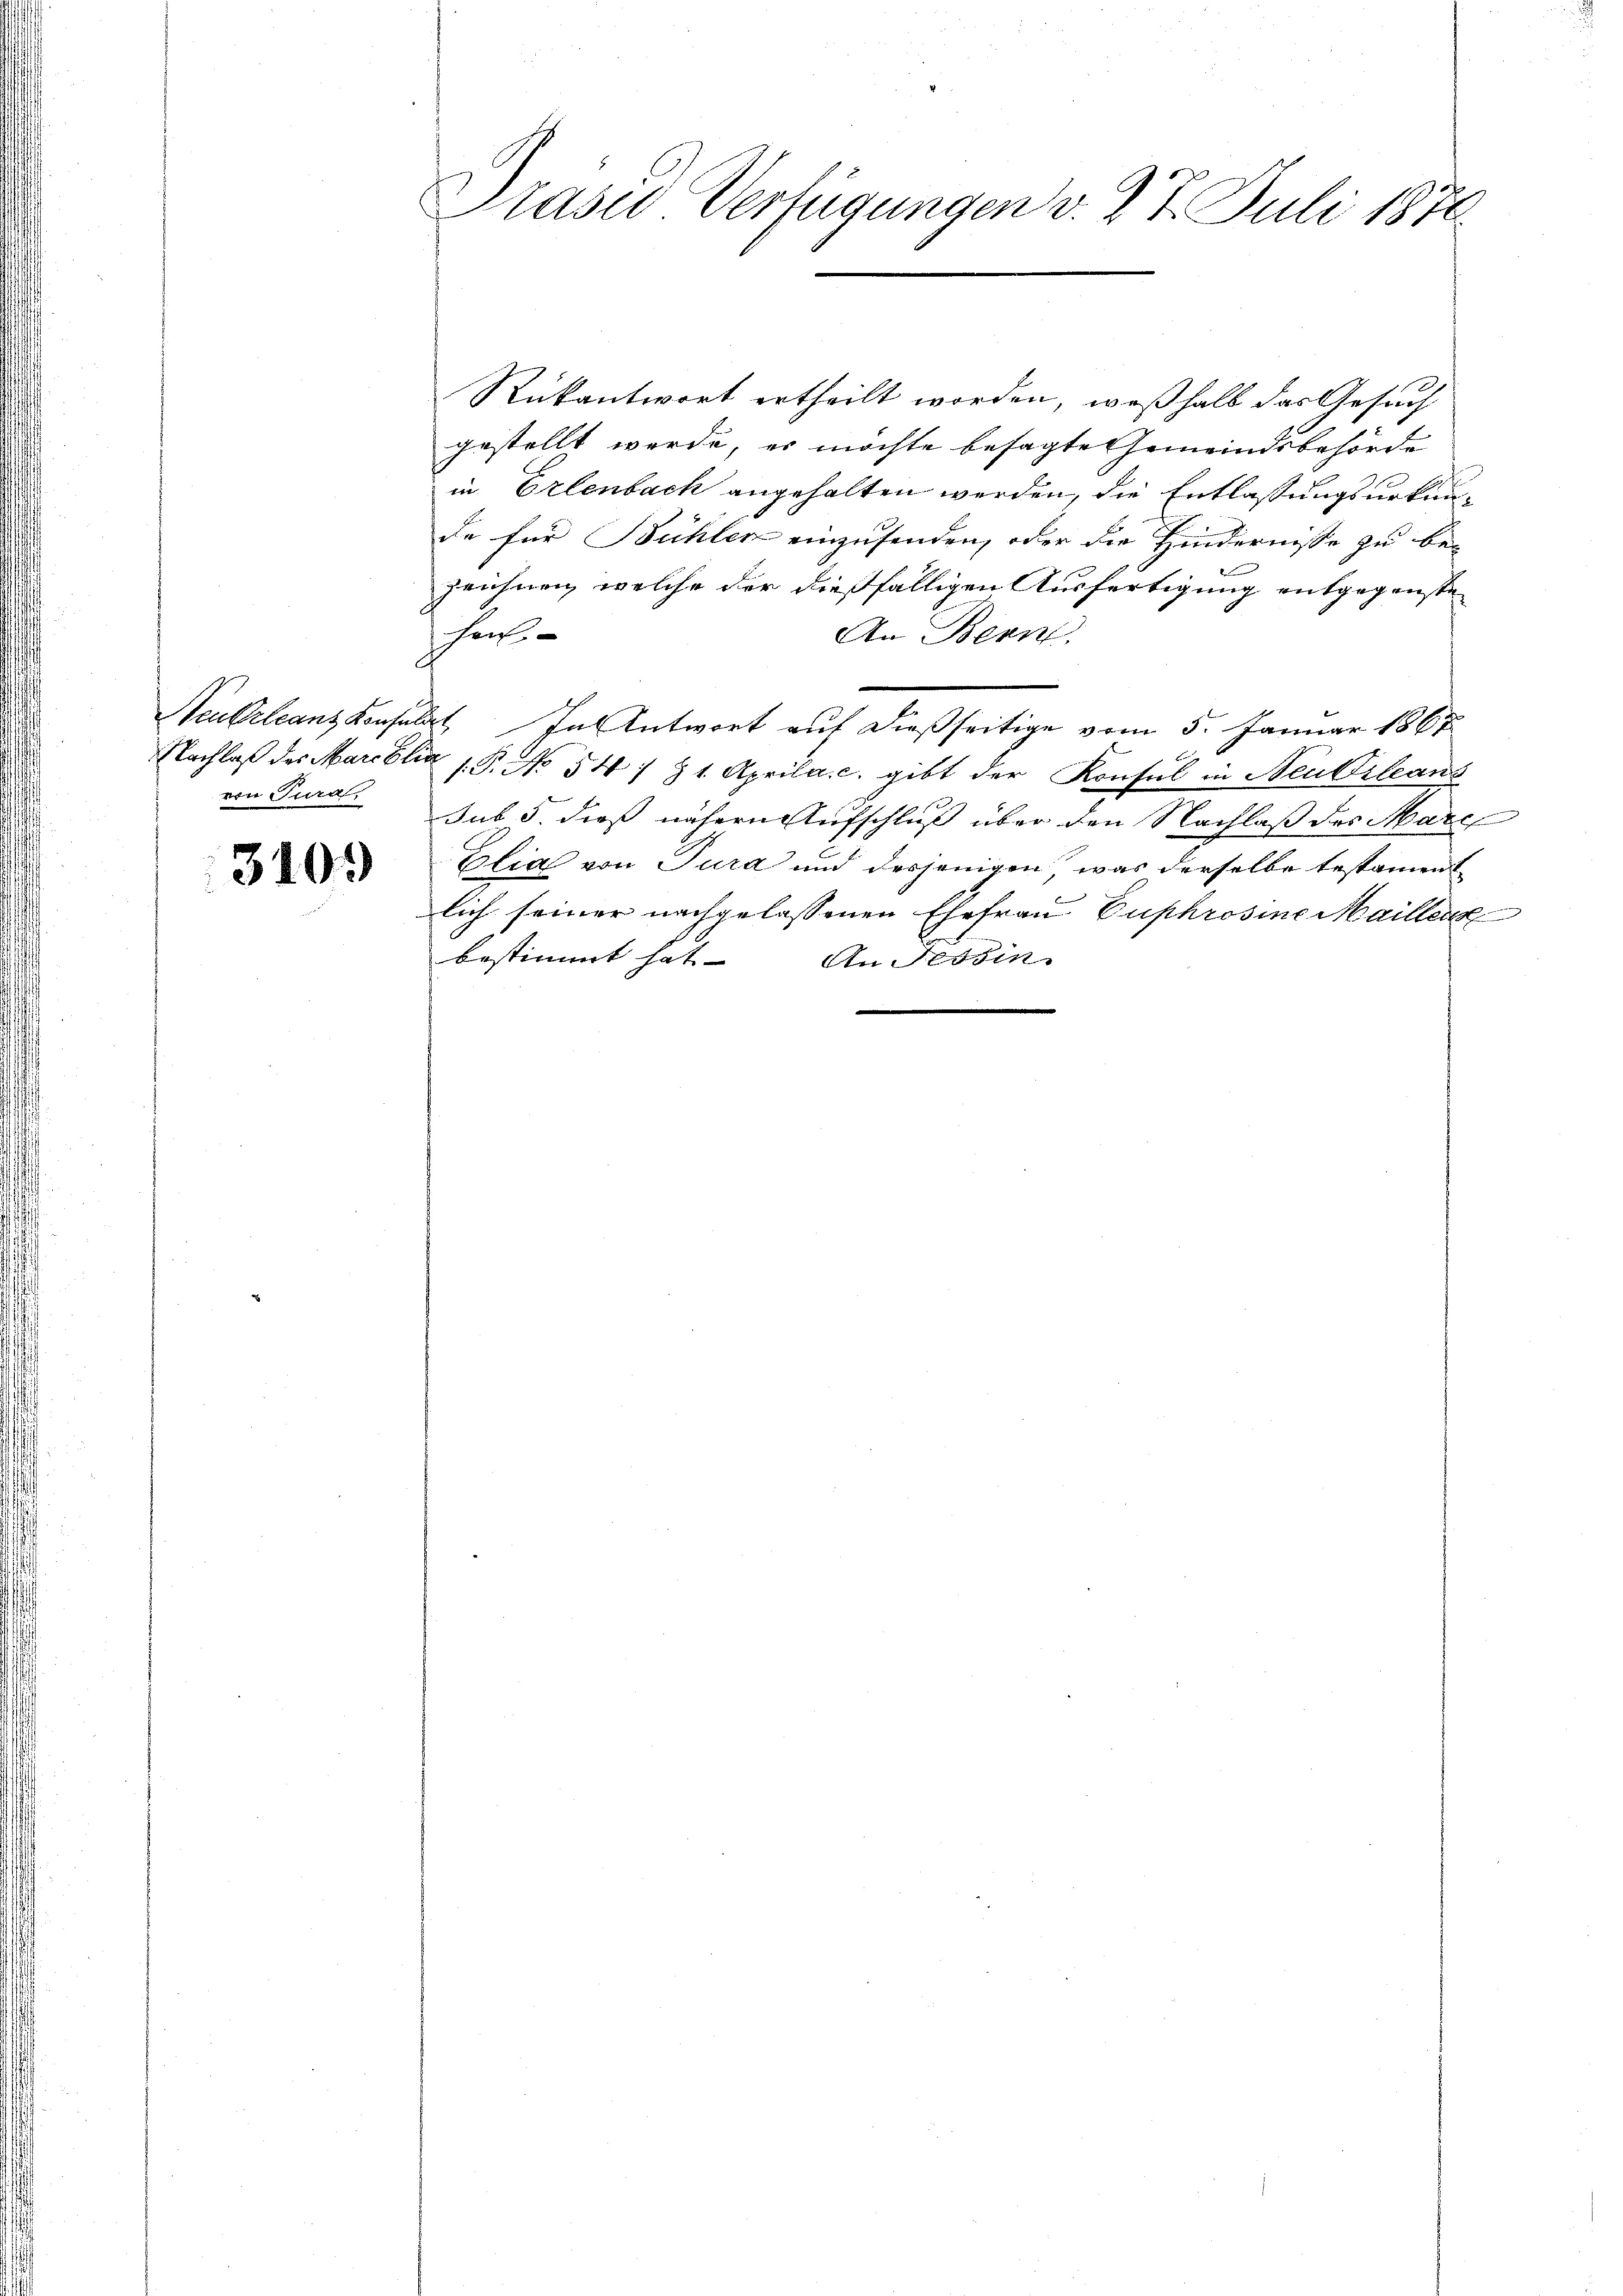
von Tura

310.

Praser Verfügungen v. 27. Juli 1870.

Rückantwort ertheilt worden, weßhalb das Gesuch
gestellt werde, es möchte besagte Gemeindsbehörde
in Erlenbach angehalten werden, die Entlassungsurkunde für Bühler einzusenden, oder die Hindernisse zu be-
zeichnen, welche der dießfälligen Ausfertigung entgegenste
hen
An Bern
Neukrleanz konsulat In Antwort auf dießseitige vom 5. Januar 1867
Nachlaß des Marielis 18. No 541 81. Aprila. c. gibt der Konsul in Neukrleant
sub 5. dieß nähern Aufschluß über den Nachlaß des Marc
Elia von Tura und desjenigen, was derselbe testament
lich seiner nachgelassenen Ehefrau Euphrosine Maillenz
bestimmt hat. An Tessin.